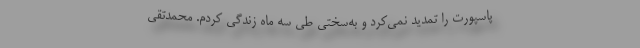
پاسپورت را تمدید نمی‌کرد و به‌سختی طی سه ماه زندگی کردم. محمدتقی